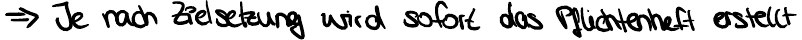
=> Ja nach Zielsetzung wird sofort das Pflichtenheft erstellt